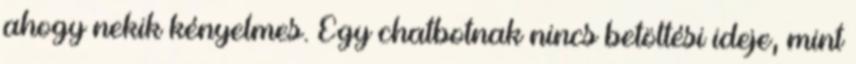
ahogy nekik kényelmes. Egy chatbotnak nincs betöltési ideje, mint